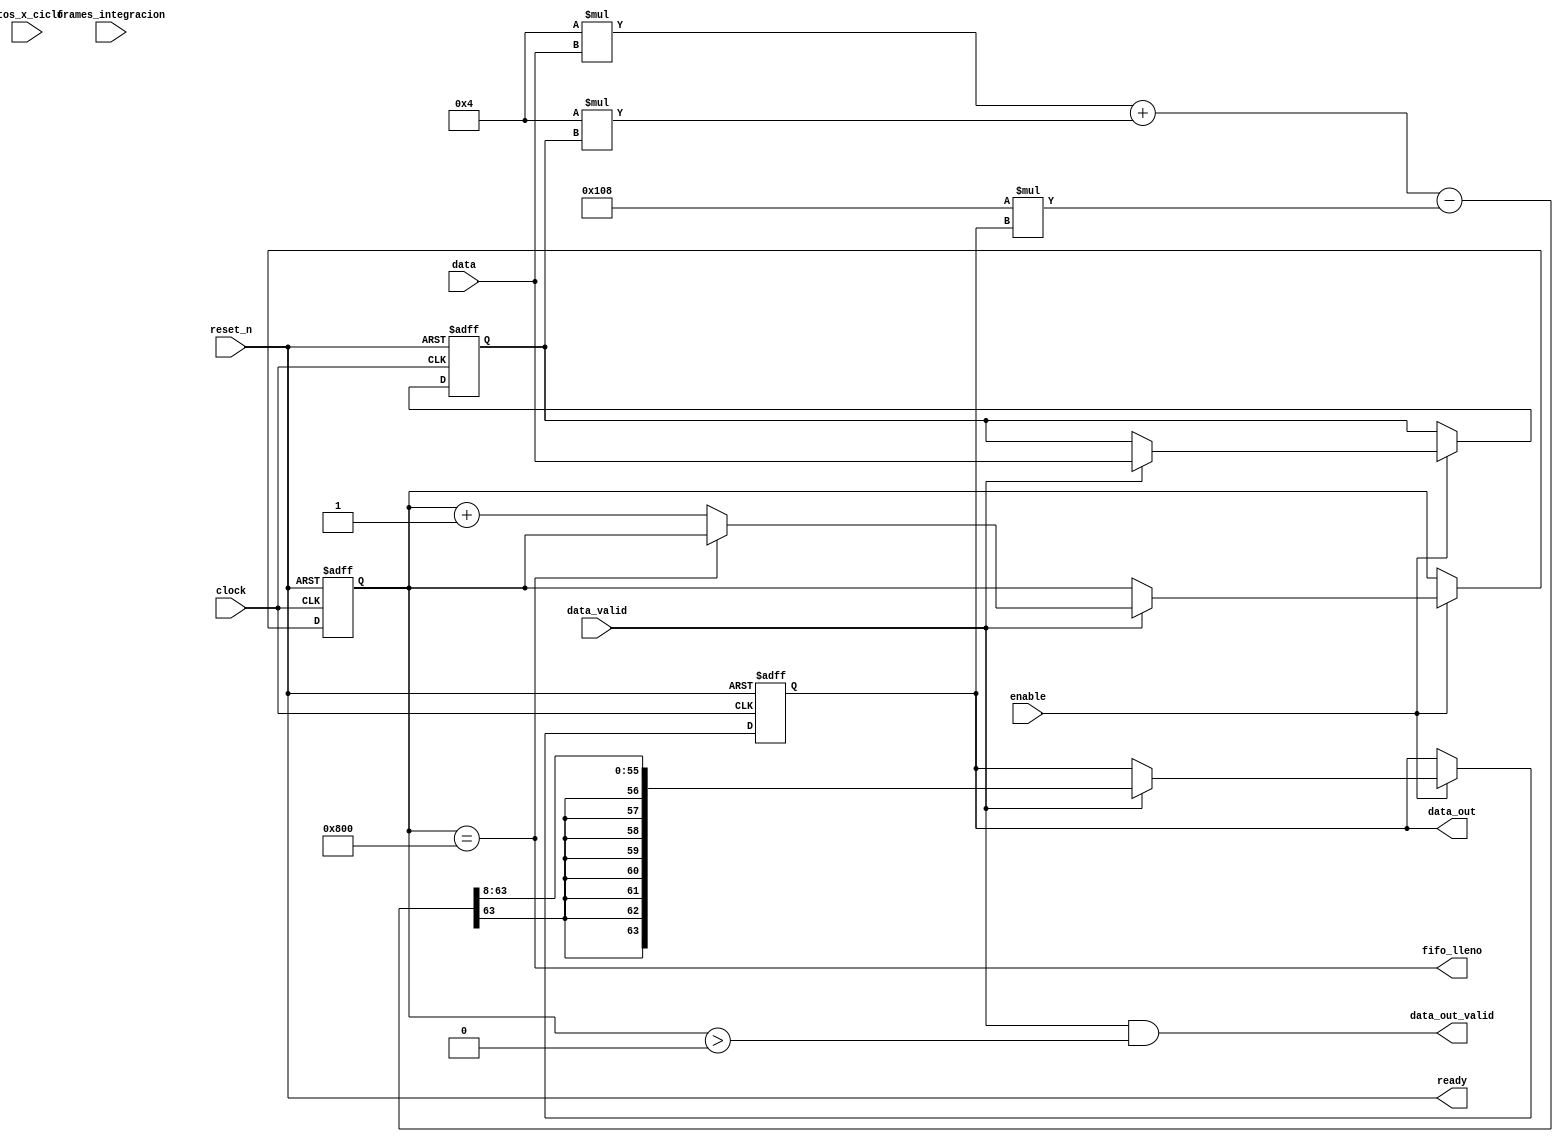

module IIR_filter(

	// Entradas de control
	input clock,
	input reset_n,
	input enable,
		
	// Interfaz avalon streaming de entrada
	input data_valid,
	input signed [63:0] data,	
	
	// Interfaz avalon streaming de salida
	output signed [63:0] data_out,
	output data_out_valid,
	
	// Parametros configurables 
	// (Para IIR no tienen funcionalidad pero los dejo para que tenga la misma interfaz que el filtro de media movil)
	input [15:0] ptos_x_ciclo,
	input [15:0] frames_integracion,

	// Seales auxiliares
	output ready,
	output fifo_lleno

);

// Parametros de un filtro IIR para wn = 0.01, cuantizados a 8 bits
parameter A1 = 256; 
	parameter log2A1 = 8;
parameter A2 = -248;
parameter B1 = 4;
parameter B2 = 4;

// Parametros para controlar que datos mando a los FIFO
parameter FIFO_DEPTH = 2048;
parameter START_SENDING = 0;

// Estados de la ecuacion en diferencias
wire signed [63:0] x_n; 
	assign x_n = data;
reg signed [63:0] x_n_1;
reg signed [63:0] y_n; 

// Contador auxiliar para saber cuando se termina la operacion
reg [15:0] counter;

always @ (posedge clock or negedge reset_n)
begin

	if(!reset_n)
	begin	
		x_n_1 <= 0;
		y_n <= 0;		
		counter <= 0;

	end
	else if (enable)
	begin		
		if(data_valid)
		begin
			x_n_1 <= x_n;		
			y_n <= (  B1 * x_n + B2 * x_n_1 - A2 * y_n ) >>> log2A1;		
			counter <= (counter == FIFO_DEPTH + START_SENDING )? counter: counter+1;
		end
	end
end

// Salidas:
assign data_out = y_n;
assign data_out_valid = (data_valid && (counter > START_SENDING) );

// Salidas auxiliares
assign ready = reset_n; // El unico momento en que no puede calcular es cuando reset_n = 0
assign fifo_lleno = (counter == FIFO_DEPTH + START_SENDING);

endmodule